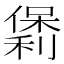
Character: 𫣯